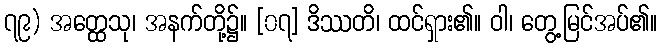
၇၉) အတ္ထေသု၊ အနက်တို့၌။ [၀၇] ဒိဿတိ၊ ထင်ရှား၏။ ဝါ၊ တွေ့မြင်အပ်၏။